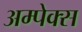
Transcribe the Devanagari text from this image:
अम्पेक्स